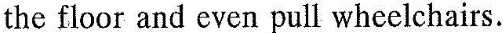
the floor and even pull wheelchairs